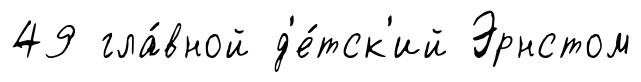
49 гла́вной д'е́тск'ий Эрнстом